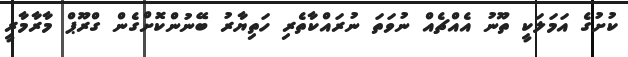
ކުށުގެ އަމަލަކީ ތޫނު އެއްޗެއް ނުވަތަ ނުރައްކާތެރި ހަތިޔާރު ބޭނުންކޮށްގެން ގްރޫޕް މާރާމާރީ